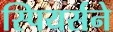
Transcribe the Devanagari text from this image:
स्पियर्सने